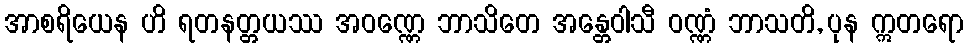
အာစရိယေန ဟိ ရတနတ္တယဿ အဝဏ္ဏေ ဘာသိတေ အန္တေဝါသီ ဝဏ္ဏံ ဘာသတိ, ပုန ဣတရော